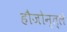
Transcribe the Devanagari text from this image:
हौजोन्त्ले